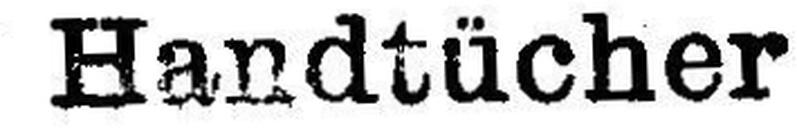
Handtücher